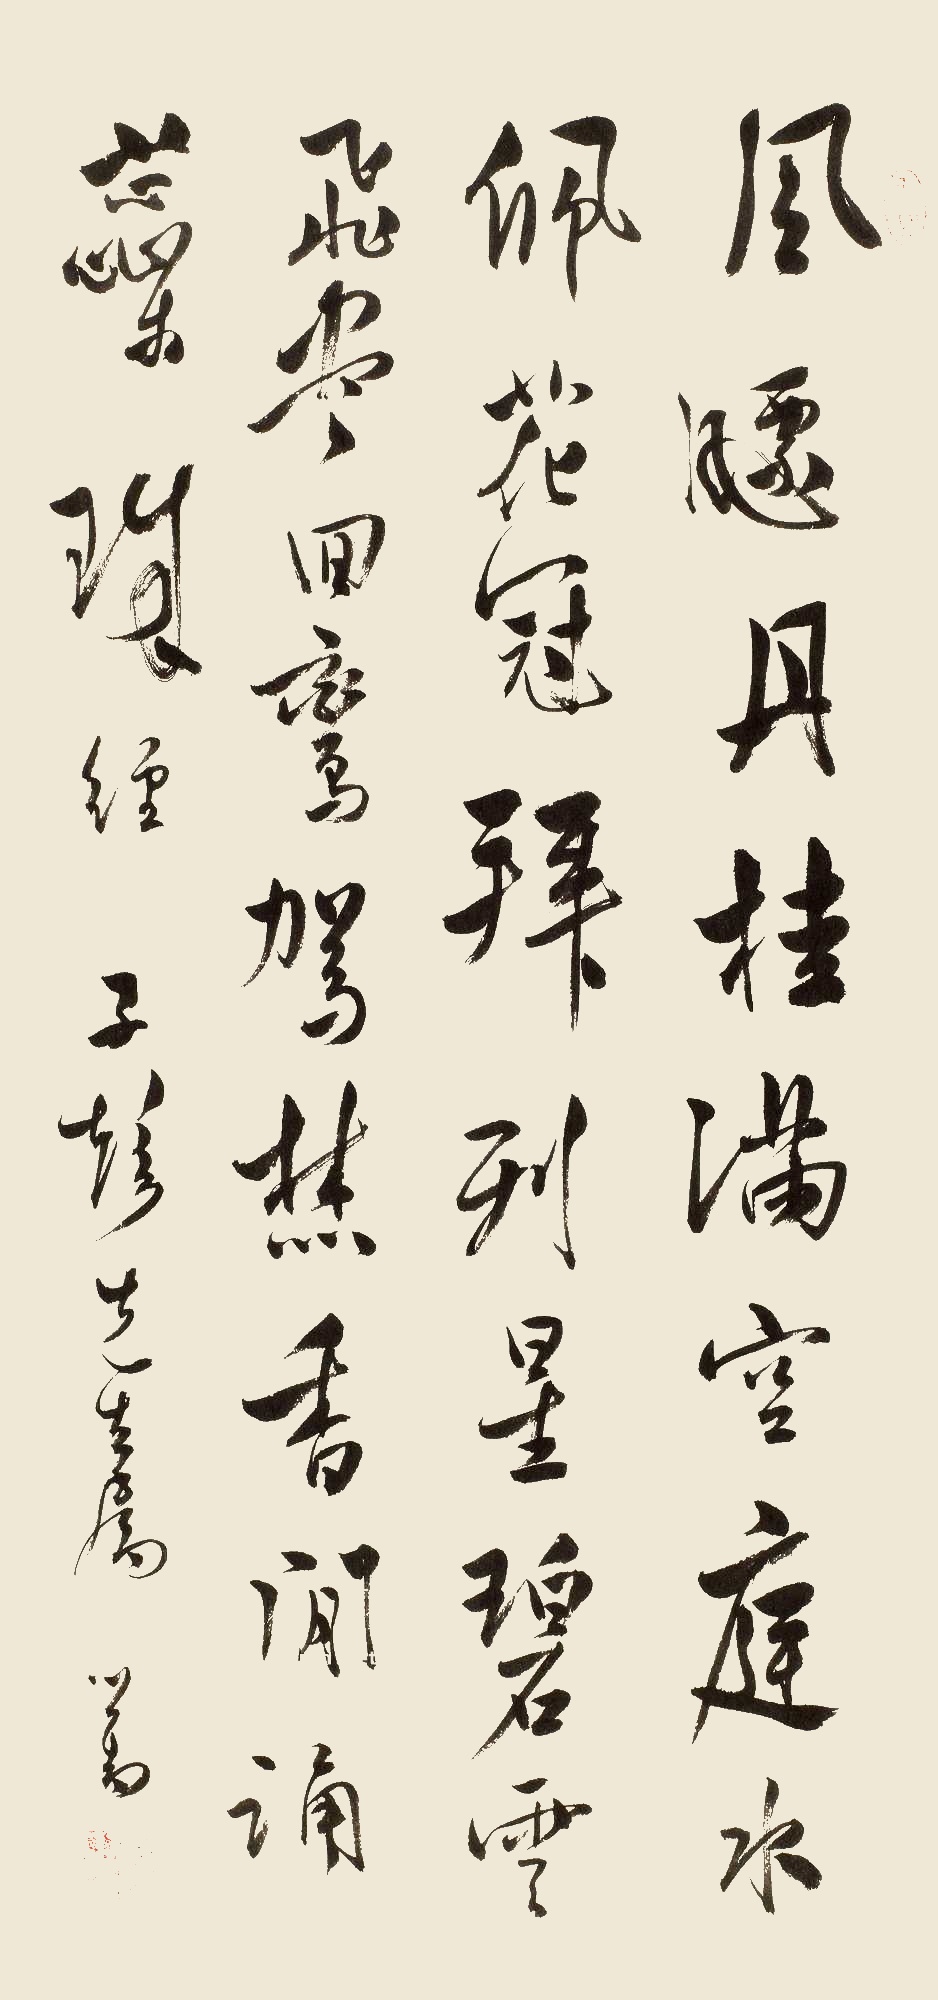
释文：风飘丹桂满空庭，水佩花冠拜列星。碧云飞尽回銮驾，焚香闲诵蕊珠经。子珍先生属，心畬。